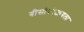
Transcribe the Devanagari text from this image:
बीसीसीआयला